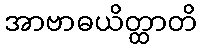
အာဗာဓယိတ္ထာတိ